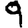
Digit: 9